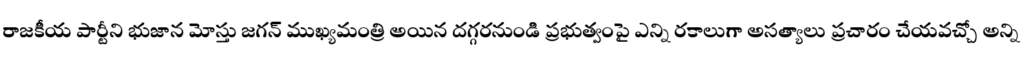
రాజకీయ పార్టీని భుజాన మోస్తు జగన్ ముఖ్యమంత్రి అయిన దగ్గరనుండి ప్రభుత్వంపై ఎన్ని రకాలుగా అసత్యాలు ప్రచారం చేయవచ్చో అన్ని